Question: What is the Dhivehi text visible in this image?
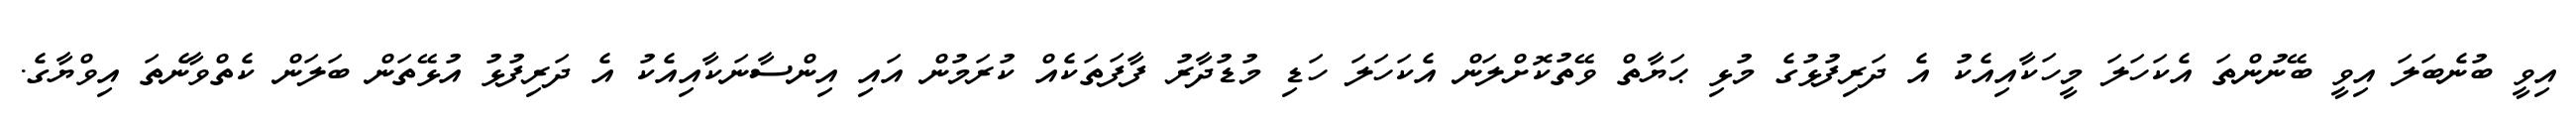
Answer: އިވީ ބުނެބަލަ އިވީ ބޭނުންތަ އެކަހަލަ މީހަކާއިއެކު އެ ދަރިފުޅުގެ މުޅި ޙަޔާތް ވޭތުކޮށްލަން އެކަހަލަ ހަޑި މުޑުދާރު ފާފަތަކެއް ކުރަމުން އައި އިންސާނަކާއިއެކު އެ ދަރިފުޅު އުޅޭތަން ބަލަން ކެތްވާނެތަ އިވްޔާގެ.